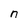
Character: n